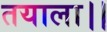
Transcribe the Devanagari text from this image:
तयाला।।